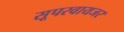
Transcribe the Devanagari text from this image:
सूपरवायजर